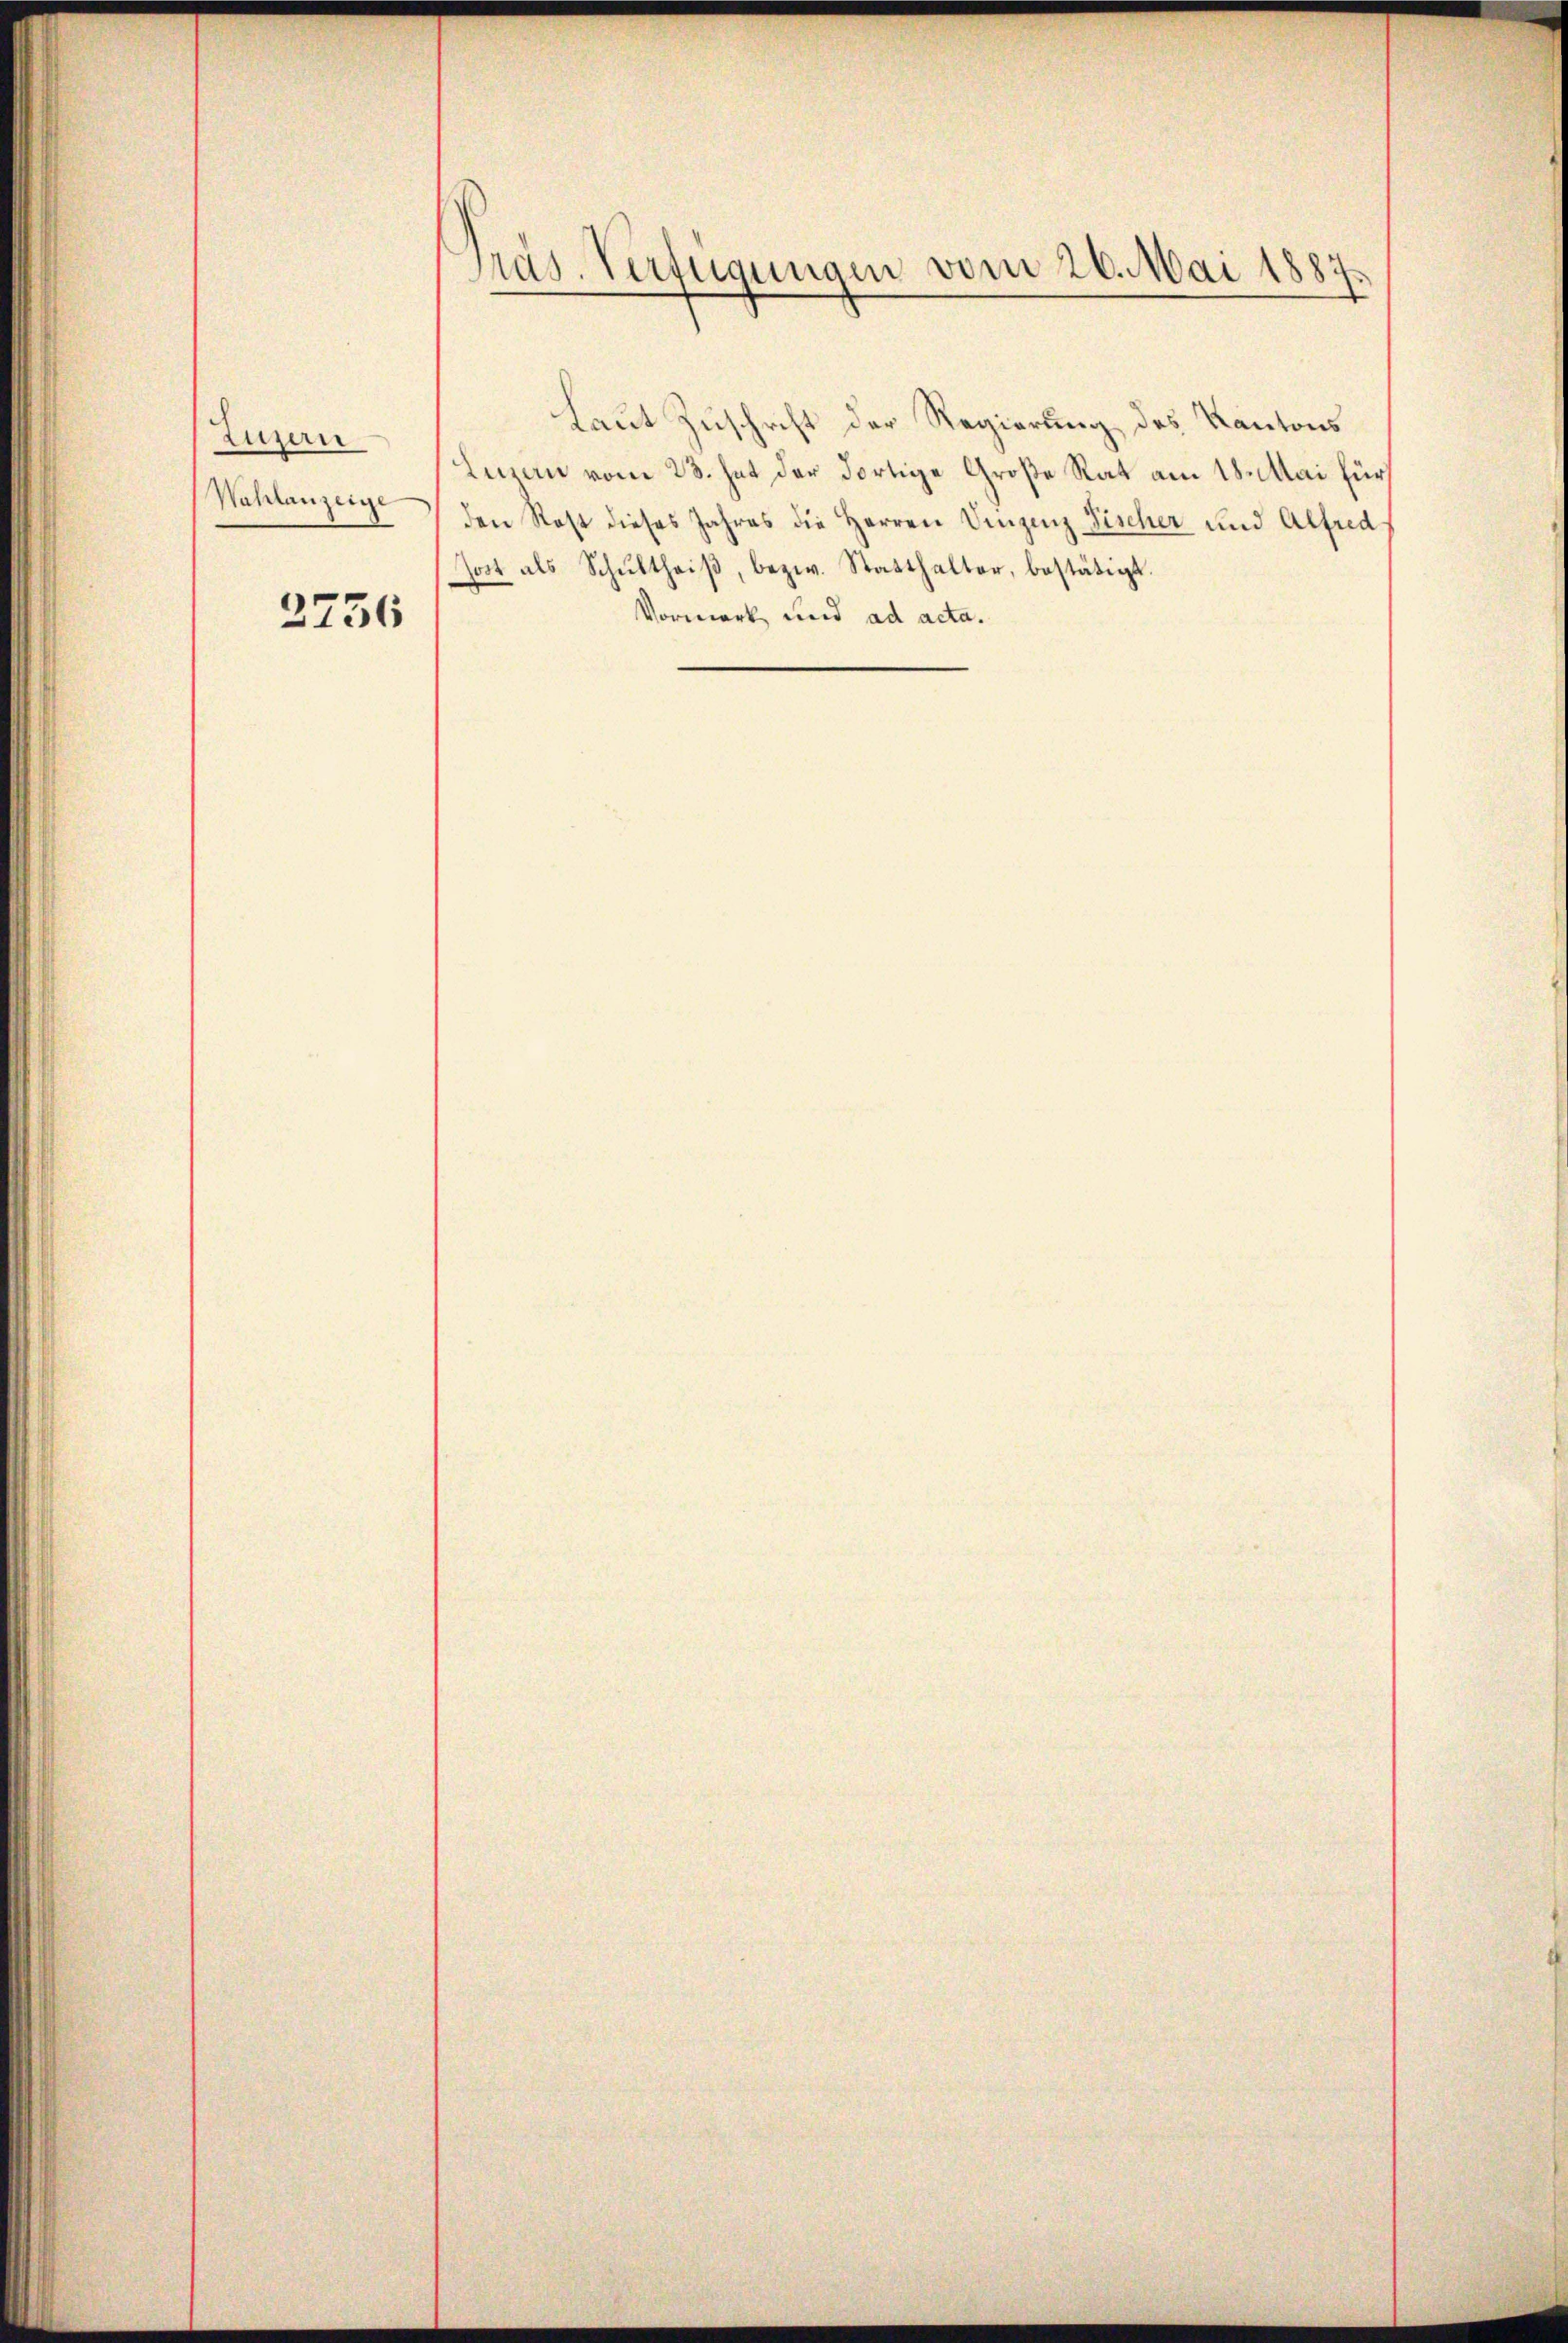
Luzern
Wahlanzeige

2736

Präs. Verfügungen vom 26. Mai 1887.

Laut Zuschrift der Regierung des Kantons
Leuen vom 23. hat der dortige Große Rat am 18. Mai für
den Rost dieses Jahres die Herren Vinzenz Fischer und Alfred
Jost als Schultheiβ, bezw. Statthalter, bestätigt.
Vormerk und ad acta.